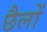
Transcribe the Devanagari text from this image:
छैलों